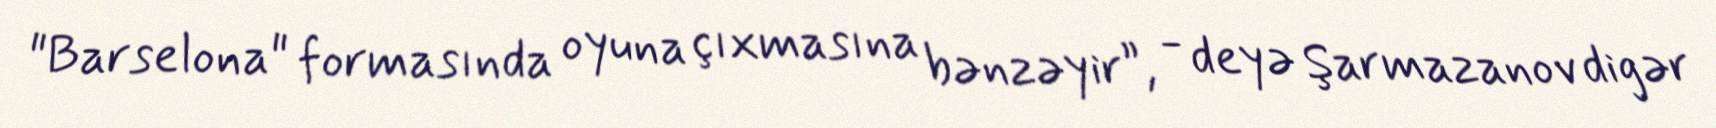
"Barselona" formasında oyuna çıxmasına bənzəyir”, - deyə Şarmazanov digər